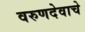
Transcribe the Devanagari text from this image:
वरुणदेवाचे